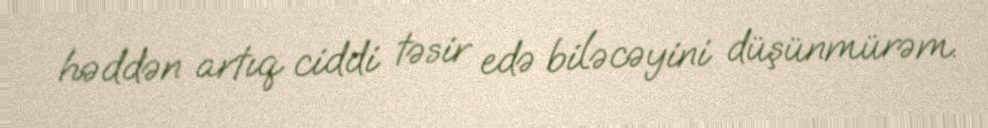
həddən artıq ciddi təsir edə biləcəyini düşünmürəm.